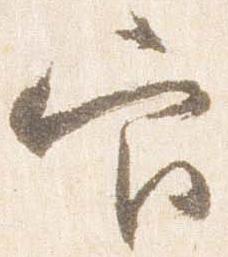
官